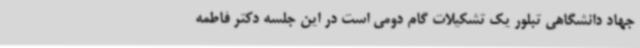
جهاد دانشگاهی تبلور یک تشکیلات گام دومی است در این جلسه دکتر فاطمه